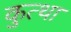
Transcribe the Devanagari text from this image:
कुत्था